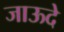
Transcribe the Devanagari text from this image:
जाऊदे